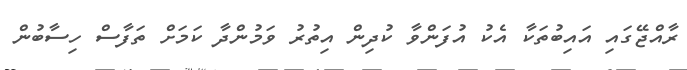
ރާއްޖޭގައި އައިބުތަކާ އެކު އުފަންވާ ކުދިން އިތުރު ވަމުންދާ ކަމަށް ތަފާސް ހިސާބުން